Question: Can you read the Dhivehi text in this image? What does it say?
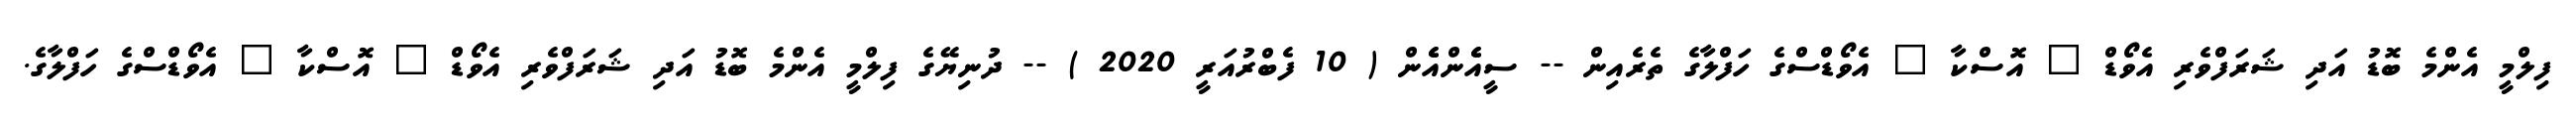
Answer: ފިލްމީ އެންމެ ބޮޑު އަދި ޝަރަފްވެރި އެވޯޑް " އޮސްކާ " އެވޯޑްސްގެ ހަފްލާގެ ތެރެއިން -- ސީއެެންއެެން ( 10 ފެބްރުއަރީ 2020 ) -- ދުނިޔޭގެ ފިލްމީ އެންމެ ބޮޑު އަދި ޝަރަފްވެރި އެވޯޑް " އޮސްކާ " އެވޯޑްސްގެ ހަފްލާގެ.